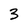
Character: 3